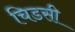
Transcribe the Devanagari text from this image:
चिडसी